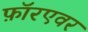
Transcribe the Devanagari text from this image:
फ़ॉरएवर